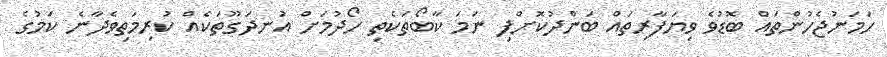
ހަމަނުޖެހުންތައް ބޮޑުވެ ވިޔަފާރިތައް ބަންދުކޮށްފި ނަމަ ކާބޯތަކެތި ހޯދުމަށް އުނދަގޫތަކެއް ކުރިމަތިވެދާނެ ކަމުގެ